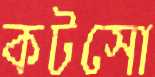
কটসো